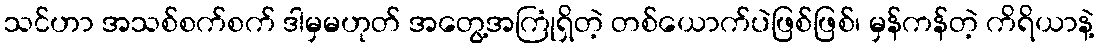
သင်ဟာ အသစ်စက်စက် ဒါမှမဟုတ် အတွေ့အကြုံရှိတဲ့ တစ်ယောက်ပဲဖြစ်ဖြစ်၊ မှန်ကန်တဲ့ ကိရိယာနဲ့